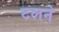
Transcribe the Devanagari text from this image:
टलने